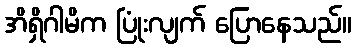
အိရှိဂါမိက ပြုံးလျက် ပြောနေသည်။